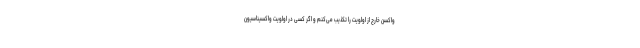
واکسن خارج از اولویت را تکذیب می‌کنم و اگر کسی در اولویت واکسیناسیون